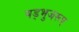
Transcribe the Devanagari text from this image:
षड्भुजरूप